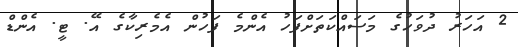
2 އަހަރު ދުވަހުގެ މަސައްކަތަށްފަހު އެންމެ ފަހުން އެމެރިކާގެ އޭ. ޓީ. އެންޑް